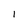
Character: I